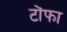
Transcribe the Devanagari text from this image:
टोंफा